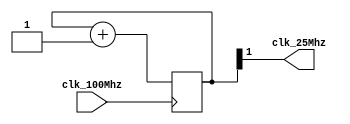
`timescale 1ns / 1ps
//////////////////////////////////////////////////////////////////////////////////
// Company: 
// Engineer: 
// 
// Design Name: 
// Module Name:    clk_divide 
// Project Name: 
// Target Devices: 
// Tool versions: 
// Description: 
//
// Dependencies: 
//
// Revision: 
// Revision 0.01 - File Created
// Additional Comments: 
//
//////////////////////////////////////////////////////////////////////////////////

module clk25(clk_100Mhz, clk_25Mhz); 
	input clk_100Mhz;	// user clock
	output clk_25Mhz;	// divided clock

	reg [1:0] count=2'b0;	// counter, is bigger then we need in case you wanna play with it

	always @(posedge clk_100Mhz)
	begin
		count <= count + 1'b1;
	end
	
	assign clk_25Mhz = count[1];

endmodule